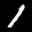
Label: 1